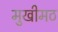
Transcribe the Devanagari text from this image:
मुखीमठ